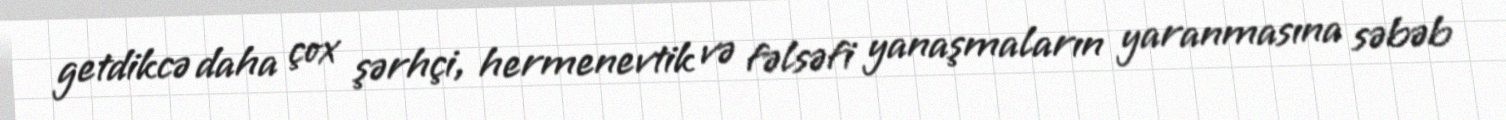
getdikcə daha çox şərhçi, hermenevtik və fəlsəfi yanaşmaların yaranmasına səbəb